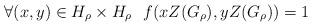
LaTeX: \begin{align*}\forall (x, y) \in H_\rho \times H_\rho~~ f(xZ(G_\rho),yZ(G_\rho)) = 1\end{align*}